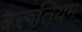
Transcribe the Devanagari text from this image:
बरूतियम